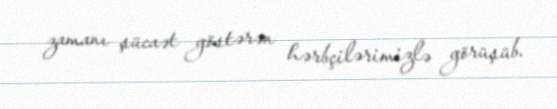
zamanı şücaət göstərən hərbçilərimizlə görüşüb.